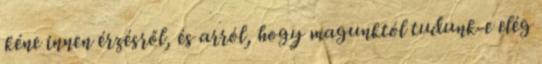
kéne innen érzésről, és arról, hogy magunktól tudunk-e elég